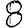
Digit: 8